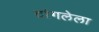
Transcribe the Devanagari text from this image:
टांगलेला